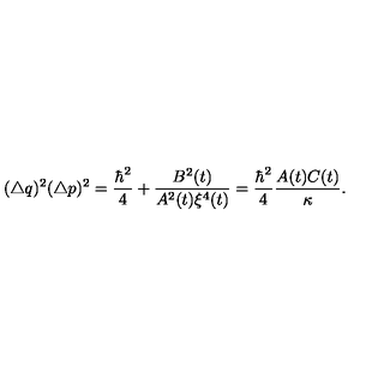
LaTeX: ( \triangle q ) ^ { 2 } ( \triangle p ) ^ { 2 } = \frac { \hbar ^ { 2 } } { 4 } + \frac { B ^ { 2 } ( t ) } { A ^ { 2 } ( t ) \xi ^ { 4 } ( t ) } = \frac { \hbar ^ { 2 } } { 4 } \frac { A ( t ) C ( t ) } { \kappa } .